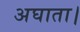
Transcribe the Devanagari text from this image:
अघाता।